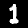
Digit: 1